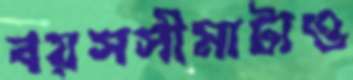
বয়সসীমাটাও